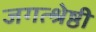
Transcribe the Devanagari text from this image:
जगत्श्रेष्ठी